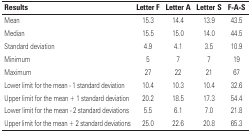
<table><thead><tr><td><b>Results</b></td><td><b>Letter F</b></td><td><b>Letter A</b></td><td><b>Letter S</b></td><td><b>F-A-S</b></td></tr></thead><tbody><tr><td>Mean</td><td>15.3</td><td>14.4</td><td>13.9</td><td>43.5</td></tr><tr><td>Median</td><td>15.5</td><td>15.0</td><td>14.0</td><td>44.5</td></tr><tr><td>Standard deviation</td><td>4.9</td><td>4.1</td><td>3.5</td><td>10.9</td></tr><tr><td>Minimum</td><td>5</td><td>7</td><td>7</td><td>19</td></tr><tr><td>Maximum</td><td>27</td><td>22</td><td>21</td><td>67</td></tr><tr><td>Lower limit for the mean – 1 standard deviation</td><td>10.4</td><td>10.3</td><td>10.4</td><td>32.6</td></tr><tr><td>Upper limit for the mean + 1 standard deviation</td><td>20.2</td><td>18.5</td><td>17.3</td><td>54.4</td></tr><tr><td>Lower limit for the mean – 2 standard deviations</td><td>5.5</td><td>6.1</td><td>7.0</td><td>21.8</td></tr><tr><td>Upper limit for the mean + 2 standard deviations</td><td>25.0</td><td>22.6</td><td>20.8</td><td>65.3</td></tr></tbody></table>